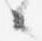
候